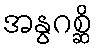
အနွဂစ္ဆိ